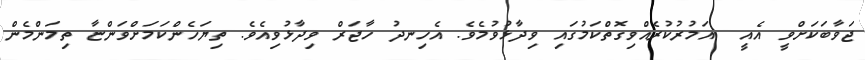
ޖަވާބަކަށްވީ އެއީ  އަމުރުކުރެއްވިގޮތްކަމުގައި ވިދާޅުވުމެވެ. އެހިނދު ހާޖަރް ވިދާޅުވިއެވެ. ތިޔަހެންކަމަށްވަންޏާ ތިމަންމެން